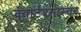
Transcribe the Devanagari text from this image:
क्वार्टरमास्चर